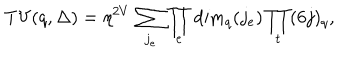
\mathrm { T V } ( q , \Delta ) = \eta ^ { 2 V } \, \sum _ { j _ { e } } \prod _ { e } \mathrm { d i m } _ { q } ( j _ { e } ) \prod _ { t } ( 6 j ) _ { q } ,